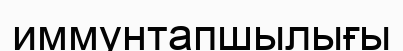
иммунтапшылығы